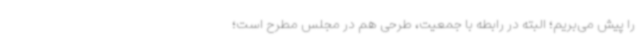
را پیش می‌بریم؛ البته در رابطه با جمعیت، طرحی هم در مجلس مطرح است؛